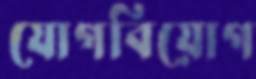
যোগবিয়োগ